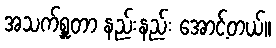
အသက်ရှူတာ နည်းနည်း အောင့်တယ်။